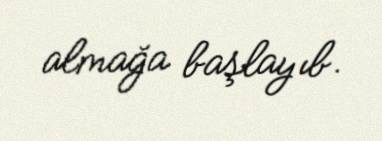
almağa başlayıb.